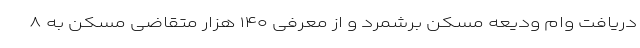
دریافت وام ودیعه مسکن برشمرد و از معرفی ۱۴۰ هزار متقاضی مسکن به ۸